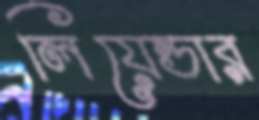
লিয়েন্ডার